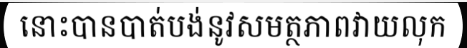
នោះបានបាត់បង់នូវសមត្ថភាពវាយលុក